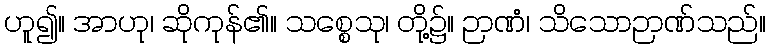
ဟူ၍။ အာဟု၊ ဆိုကုန်၏။ သစ္စေသု၊ တို့၌။ ဉာဏံ၊ သိသောဉာဏ်သည်။